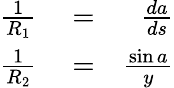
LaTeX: \begin{array}{rlr}{\frac{1}{R_{1}}}&{{}=}&{\frac{da}{ds}}\\ {\frac{1}{R_{2}}}&{{}=}&{\frac{\sin a}{y}}\end{array}